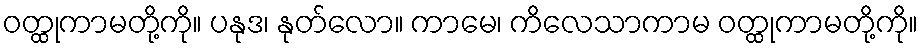
ဝတ္ထုကာမတို့ကို။ ပနုဒ၊ နုတ်လော။ ကာမေ၊ ကိလေသာကာမ ဝတ္ထုကာမတို့ကို။